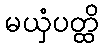
မယှံပတ္ထိ